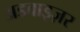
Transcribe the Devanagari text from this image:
अडवाइज़र